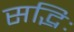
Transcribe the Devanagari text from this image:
सद्भिः